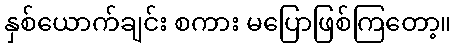
နှစ်ယောက်ချင်း စကား မပြောဖြစ်ကြတော့။